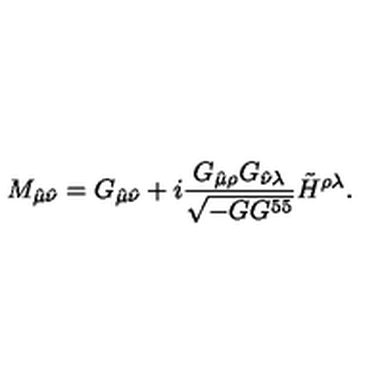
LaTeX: M _ { \hat { \mu } \hat { \nu } } = G _ { \hat { \mu } \hat { \nu } } + i { \frac { G _ { \hat { \mu } \rho } G _ { \hat { \nu } \lambda } } { \sqrt { - G G ^ { 5 5 } } } } \tilde { H } ^ { \rho \lambda } .